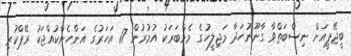
ބީޖޭޕީއަށް ނިސްބަތްވާ ގާނޫނުހަދާ މަޖިލީހުގެ މެމްބަރަކު އުމުރުން 17 އަހަރުގެ އަންހެންކުއްޖަކު ރޭޕްކުރި